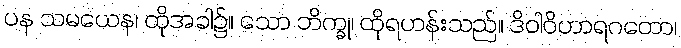
ပန သမယေန၊ ထိုအခါ၌။ သော ဘိက္ခု၊ ထိုရဟန်းသည်။ ဒိဝါဝိဟာရဂတော၊